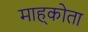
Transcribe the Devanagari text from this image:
माह्कोता